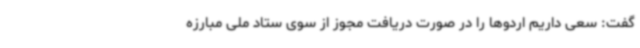
گفت: سعی داریم اردوها را در صورت دریافت مجوز از سوی ستاد ملی مبارزه